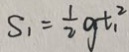
S _ { 1 } = \frac { 1 } { 2 } g t _ { 1 } ^ { 2 }